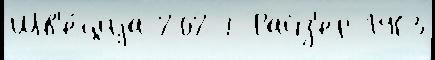
Шв'е́циjа 2027 Райз'ер 1963